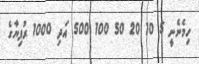
ހިމެނެނީ 5 10 20 50 100 500 އަދި 1000 ރުފިޔާގެ